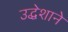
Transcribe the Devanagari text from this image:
उद्धेशाने